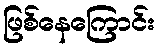
ဖြစ်နေကြောင်း